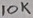
Text: 10K